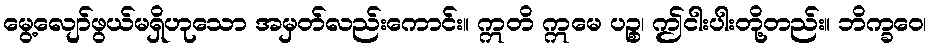
မွေ့လျော်ဖွယ်မရှိဟုသော အမှတ်လည်းကောင်း။ ဣတိ ဣမေ ပဉ္စ၊ ဤငါးပါးတို့တည်း။ ဘိက္ခဝေ၊